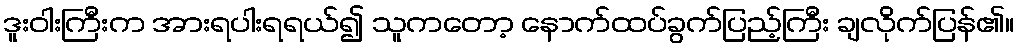
ဒူးဝါးကြီးက အားရပါးရရယ်၍ သူကတော့ နောက်ထပ်ခွက်ပြည့်ကြီး ချလိုက်ပြန်၏။